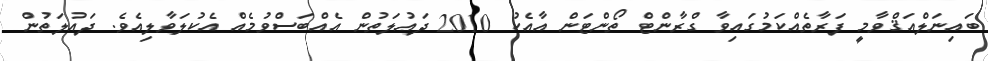
ބައިނަލްއަޤްވާމީ ފަރާތެއްކަމުގައިވާ ގްރާންޓް ތޯންޓަން އާއެކު 2010 ދައުލަތުން އެއްބަސްވުމެއް އެކުލަވާލިއެވެ. ދައުލަތުން